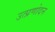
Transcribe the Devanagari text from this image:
उत्प्रणोदन